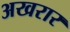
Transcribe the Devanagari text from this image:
अखरार